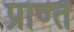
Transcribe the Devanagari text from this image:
प्राण्त